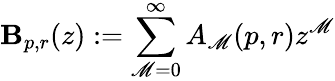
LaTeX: \mathbf{B}_{p,r}(z):=\sum_{\mathscr{M}=0}^{\infty}A_{\mathscr{M}}(p,r)z^{\mathscr{M}}